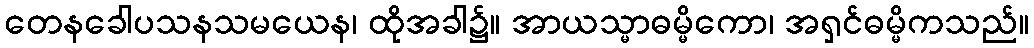
တေနခေါပသနသမယေန၊ ထိုအခါ၌။ အာယသ္မာဓမ္မိကော၊ အရှင်ဓမ္မိကသည်။